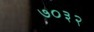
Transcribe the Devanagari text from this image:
७०३२